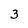
Character: 3